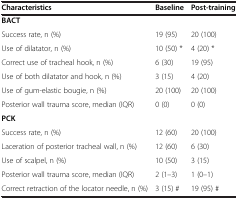
<table><thead><tr><td><b>Characteristics</b></td><td><b>Baseline</b></td><td><b>Post-training</b></td></tr></thead><tbody><tr><td colspan="3"><b>BACT</b></td></tr><tr><td>Success rate, n (%)</td><td>19 (95)</td><td>20 (100)</td></tr><tr><td>Use of dilatator, n (%)</td><td>10 (50) *</td><td>4 (20) *</td></tr><tr><td>Correct use of tracheal hook, n (%)</td><td>6 (30)</td><td>19 (95)</td></tr><tr><td>Use of both dilatator and hook, n (%)</td><td>3 (15)</td><td>4 (20)</td></tr><tr><td>Use of gum-elastic bougie, n (%)</td><td>20 (100)</td><td>20 (100)</td></tr><tr><td>Posterior wall trauma score, median (IQR)</td><td>0 (0)</td><td>0 (0)</td></tr><tr><td><b>PCK</b></td><td> </td><td> </td></tr><tr><td>Success rate, n (%)</td><td>12 (60)</td><td>20 (100)</td></tr><tr><td>Laceration of posterior tracheal wall, n (%)</td><td>12 (60)</td><td>6 (30)</td></tr><tr><td>Use of scalpel, n (%)</td><td>10 (50)</td><td>3 (15)</td></tr><tr><td>Posterior wall trauma score, median (IQR)</td><td>2 (1–3)</td><td>1 (0–1)</td></tr><tr><td>Correct retraction of the locator needle, n (%)</td><td>3 (15) #</td><td>19 (95) #</td></tr></tbody></table>